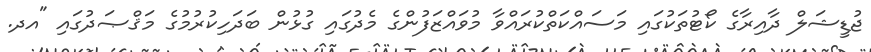
ޖުޑީޝަލް ދާއިރާގެ ކޯޓުތަކުގައި މަސައްކަތްކުރައްވާ މުވައްޒަފުންގެ މެދުގައި ގުޅުން ބަދަހިކުރުމުގެ މަޤްޞަދުގައި "އދ.